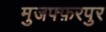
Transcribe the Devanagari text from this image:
मुजफ्फ़रपुर